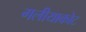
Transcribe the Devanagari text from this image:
गलीयाकोट